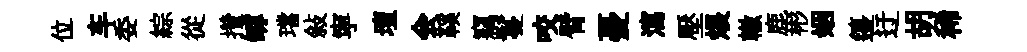
位车委綜從攢罅璫敍寜壇会鞵竊鬘咬臂憂瀉壓煨轍鹿彬姻籩迂胡稀